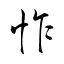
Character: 怍